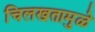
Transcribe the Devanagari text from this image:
चिलखतामुळे